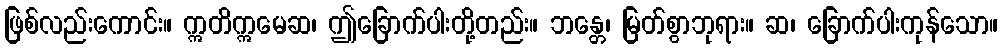
ဖြစ်လည်းကောင်း။ ဣတိဣမေဆ၊ ဤခြောက်ပါးတို့တည်း။ ဘန္တေ၊ မြတ်စွာဘုရား။ ဆ၊ ခြောက်ပါးကုန်သော။